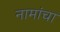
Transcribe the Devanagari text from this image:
नामांचा